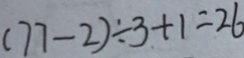
( 7 7 - 2 ) \div 3 + 1 = 2 6